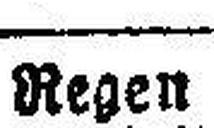
Regen